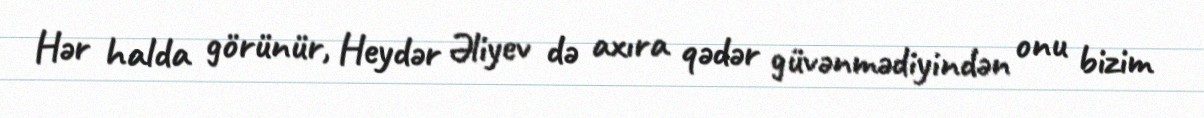
Hər halda görünür, Heydər Əliyev də axıra qədər güvənmədiyindən onu bizim